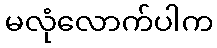
မလုံလောက်ပါက